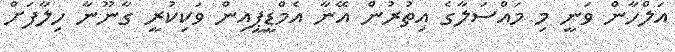
އަލްހާން ވަނީ މި މައްސަލާގެ އިތުރުން އޭނާ އެމްޑީޕީއިން ވަކިކުރީ ގާނޫނާ ހިލާފަށް